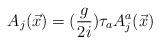
LaTeX: \begin{align*}A_j(\vec{x})=(\frac{g}{2i})\tau_aA_j^a(\vec{x})\end{align*}